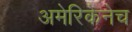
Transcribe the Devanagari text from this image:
अमेरिकेनेच